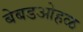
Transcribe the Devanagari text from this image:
बेबडओहळ